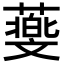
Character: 𦿵